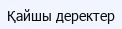
Қайшы деректер